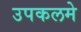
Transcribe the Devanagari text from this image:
उपकलमे